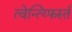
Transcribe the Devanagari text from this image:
त्वेन्त्य्फिर्स्त